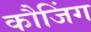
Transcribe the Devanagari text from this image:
कौजिंग